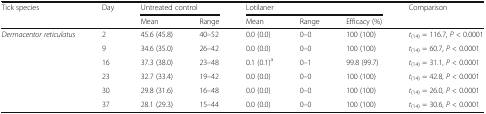
<table><thead><tr><td rowspan="2"><b>Tick species</b></td><td rowspan="2"><b>Day</b></td><td colspan="2"><b>Untreated control</b></td><td colspan="3"><b>Lotilaner</b></td><td><b>Comparison</b></td></tr><tr><td><b>Mean</b></td><td><b>Range</b></td><td><b>Mean</b></td><td><b>Range</b></td><td><b>Efficacy (%)</b></td><td>[EMPTY_CELL]</td></tr></thead><tbody><tr><td rowspan="6"><i>Dermacentor reticulatus</i></td><td>2</td><td>45.6 (45.8)</td><td>40–52</td><td>0.0 (0.0)</td><td>0–0</td><td>100 (100)</td><td><i>t</i><sub>(14)</sub> = 116.7, <i>P</i> &lt; 0.0001</td></tr><tr><td>9</td><td>34.6 (35.0)</td><td>26–42</td><td>0.0 (0.0)</td><td>0–0</td><td>100 (100)</td><td><i>t</i><sub>(14)</sub> = 60.7, <i>P</i> &lt; 0.0001</td></tr><tr><td>16</td><td>37.3 (38.0)</td><td>23–48</td><td>0.1 (0.1)<sup>a</sup></td><td>0–1</td><td>99.8 (99.7)</td><td><i>t</i><sub>(14)</sub> = 31.1, <i>P</i> &lt; 0.0001</td></tr><tr><td>23</td><td>32.7 (33.4)</td><td>19–42</td><td>0.0 (0.0)</td><td>0–0</td><td>100 (100)</td><td><i>t</i><sub>(14)</sub> = 42.8, <i>P</i> &lt; 0.0001</td></tr><tr><td>30</td><td>29.8 (31.6)</td><td>16–48</td><td>0.0 (0.0)</td><td>0–0</td><td>100 (100)</td><td><i>t</i><sub>(14)</sub> = 26.0, <i>P</i> &lt; 0.0001</td></tr><tr><td>37</td><td>28.1 (29.3)</td><td>15–44</td><td>0.0 (0.0)</td><td>0–0</td><td>100 (100)</td><td><i>t</i><sub>(14)</sub> = 30.6, <i>P</i> &lt; 0.0001</td></tr></tbody></table>